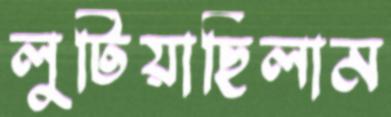
লুটিয়াছিলাম